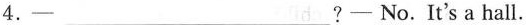
4.-___?- No. It's a hall.